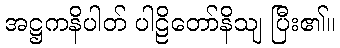
အဋ္ဌကနိပါတ် ပါဠိတော်နိသျ ပြီး၏။